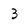
Character: 3